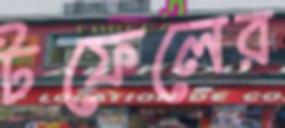
টফেলের